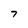
Character: 7